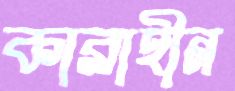
কারাহীন